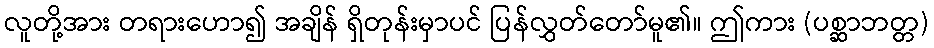
လူတို့အား တရားဟော၍ အချိန် ရှိတုန်းမှာပင် ပြန်လွှတ်တော်မူ၏။ ဤကား (ပစ္ဆာဘတ္တ)